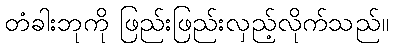
တံခါးဘုကို ဖြည်းဖြည်းလှည့်လိုက်သည်။